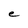
Character: e